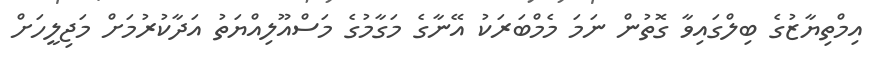
އިމްތިޔާޒުގެ ބިލްގައިވާ ގޮތުން ނަމަ މެމްބަރަކު އޭނާގެ މަގާމުގެ މަސްއޫލިއްޔަތު އަދާކުރުމަށް މަޖިލީހަށް